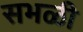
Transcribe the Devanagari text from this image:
सभळी